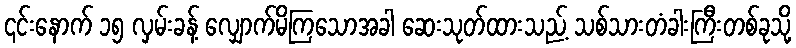
၎င်းနောက် ၁၅ လှမ်းခန့် လျှောက်မိကြသောအခါ ဆေးသုတ်ထားသည့် သစ်သားတံခါးကြီးတစ်ခုသို့